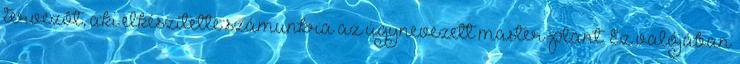
tervezôt, aki elkészítette számunkra az úgynevezett master-plant. Ez valójában